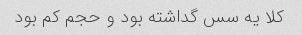
کلا یه سس گداشته بود و حجم کم بود